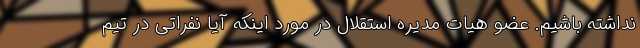
نداشته باشیم. عضو هیات مدیره استقلال در مورد اینکه آیا نفراتی در تیم